Annual statistical returns and brief notes on vaccination in Bengal - 1909-1929
Year: 1909
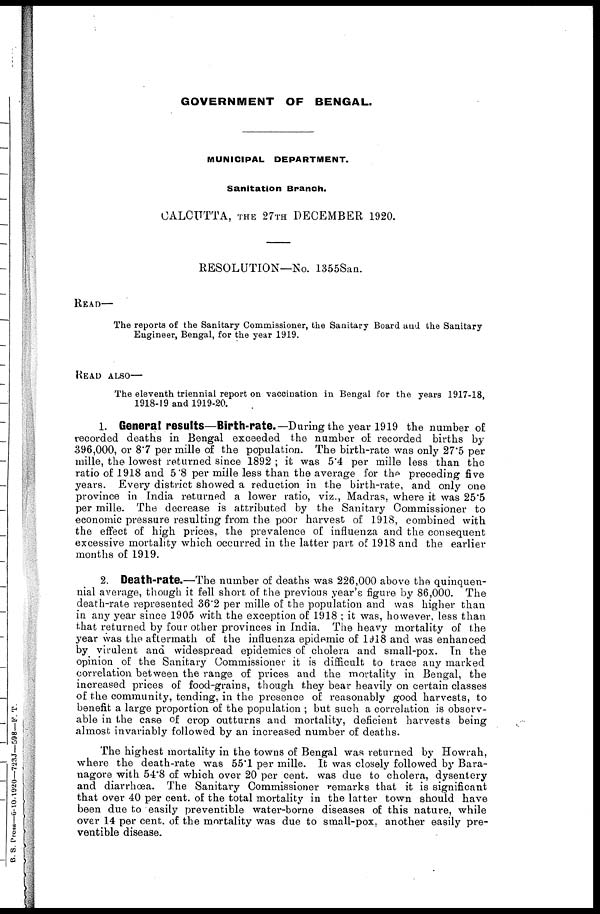
GOVERNMENT OF BENGAL.
MUNICIPAL DEPARTMENT.
Sanitation Branch.
CALCUTTA, THE 27TH DECEMBER 1920.
RESOLUTION—No. 1355San.
READ—
The reports of the Sanitary Commissioner, the Sanitary Board and the Sanitary
Engineer, Bengal, for the year 1919.
READ ALSO—
The eleventh triennial report on vaccination in Bengal for the years 1917-18,
1918-19 and 1919-20.
1. General results—Birth-rate.—During the year 1919 the number of
recorded deaths in Bengal exceeded the number of recorded births by
396,000, or 8.7 per mille of the population. The birth-rate was only 27.5 per
mille, the lowest returned since 1892 ; it was 5.4 per mille less than the
ratio of 1918 and 5.8 per mille less than the average for the preceding five
years. Every district showed a reduction in the birth-rate, and only one
province in India returned a lower ratio, viz., Madras, where it was 25.5
per mille. The decrease is attributed by the Sanitary Commissioner to
economic pressure resulting from the poor harvest of 1918, combined with
the effect of high prices, the prevalence of influenza and the consequent
excessive mortality which occurred in the latter part of 1918 and the earlier
months of 1919.
2. Death-rate.—The number of deaths was 226,000 above the quinquen-
nial average, though it fell short of the previous year's figure by 86,000. The
death-rate represented 36.2 per mille of the population and was higher than
in any year since 1905 with the exception of 1918 ; it was, however, less than
that returned by four other provinces in India. The heavy mortality of the
year was the aftermath of the influenza epidemic of 1918 and was enhanced
by virulent and widespread epidemics of cholera and small-pox. In the
opinion of the Sanitary Commissioner it is difficult to trace any marked
correlation between the range of prices and the mortality in Bengal, the
increased prices of food-grains, though they bear heavily on certain classes
of the community, tending, in the presence of reasonably good harvests, to
benefit a large proportion of the population ; but such a correlation is observ-
able in the case of crop outturns and mortality, deficient harvests being
almost invariably followed by an increased number of deaths.
The highest mortality in the towns of Bengal was returned by Howrah,
where the death-rate was 55.1 per mille. It was closely followed by Bara-
nagore with 54.8 of which over 20 per cent. was due to cholera, dysentery
and diarrhœa. The Sanitary Commissioner remarks that it is significant
that over 40 per cent. of the total mortality in the latter town should have
been due to easily preventible water-borne diseases of this nature, while
over 14 per cent. of the mortality was due to small-pox, another easily pre-
ventible disease.